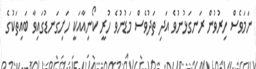
ނަމަވެސް ހިރުވުން ރަނގަޅުނުވެ އަދި ތަދުވެސް މަޑުނުވެ ހުރީ ކޯނިއާއަކީ ހަށިގަނޑުގައިވާ ބައިތަކުގެ